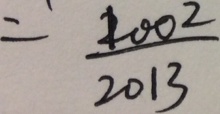
= \frac { 1 0 0 2 } { 2 0 1 3 }